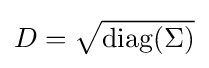
D={\sqrt {\operatorname {diag} (\Sigma )}}